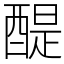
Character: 醍